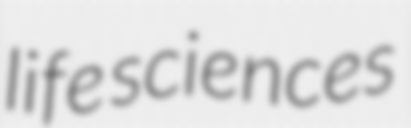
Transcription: life sciences